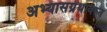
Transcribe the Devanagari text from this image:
अभ्यासग्रंथावरुन